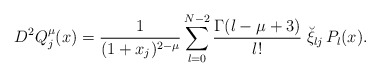
\begin{align*}D^2Q^\mu_{j}(x)= \frac{1}{(1+x_j)^{2-\mu}} \sum^{N-2}_{l=0}\frac{\Gamma(l-\mu+3)}{l!}\; \breve \xi_{lj}\, P_{l}(x).\end{align*}